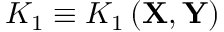
K _ { 1 } \equiv K _ { 1 } \left( \mathbf { X } , \mathbf { Y } \right)